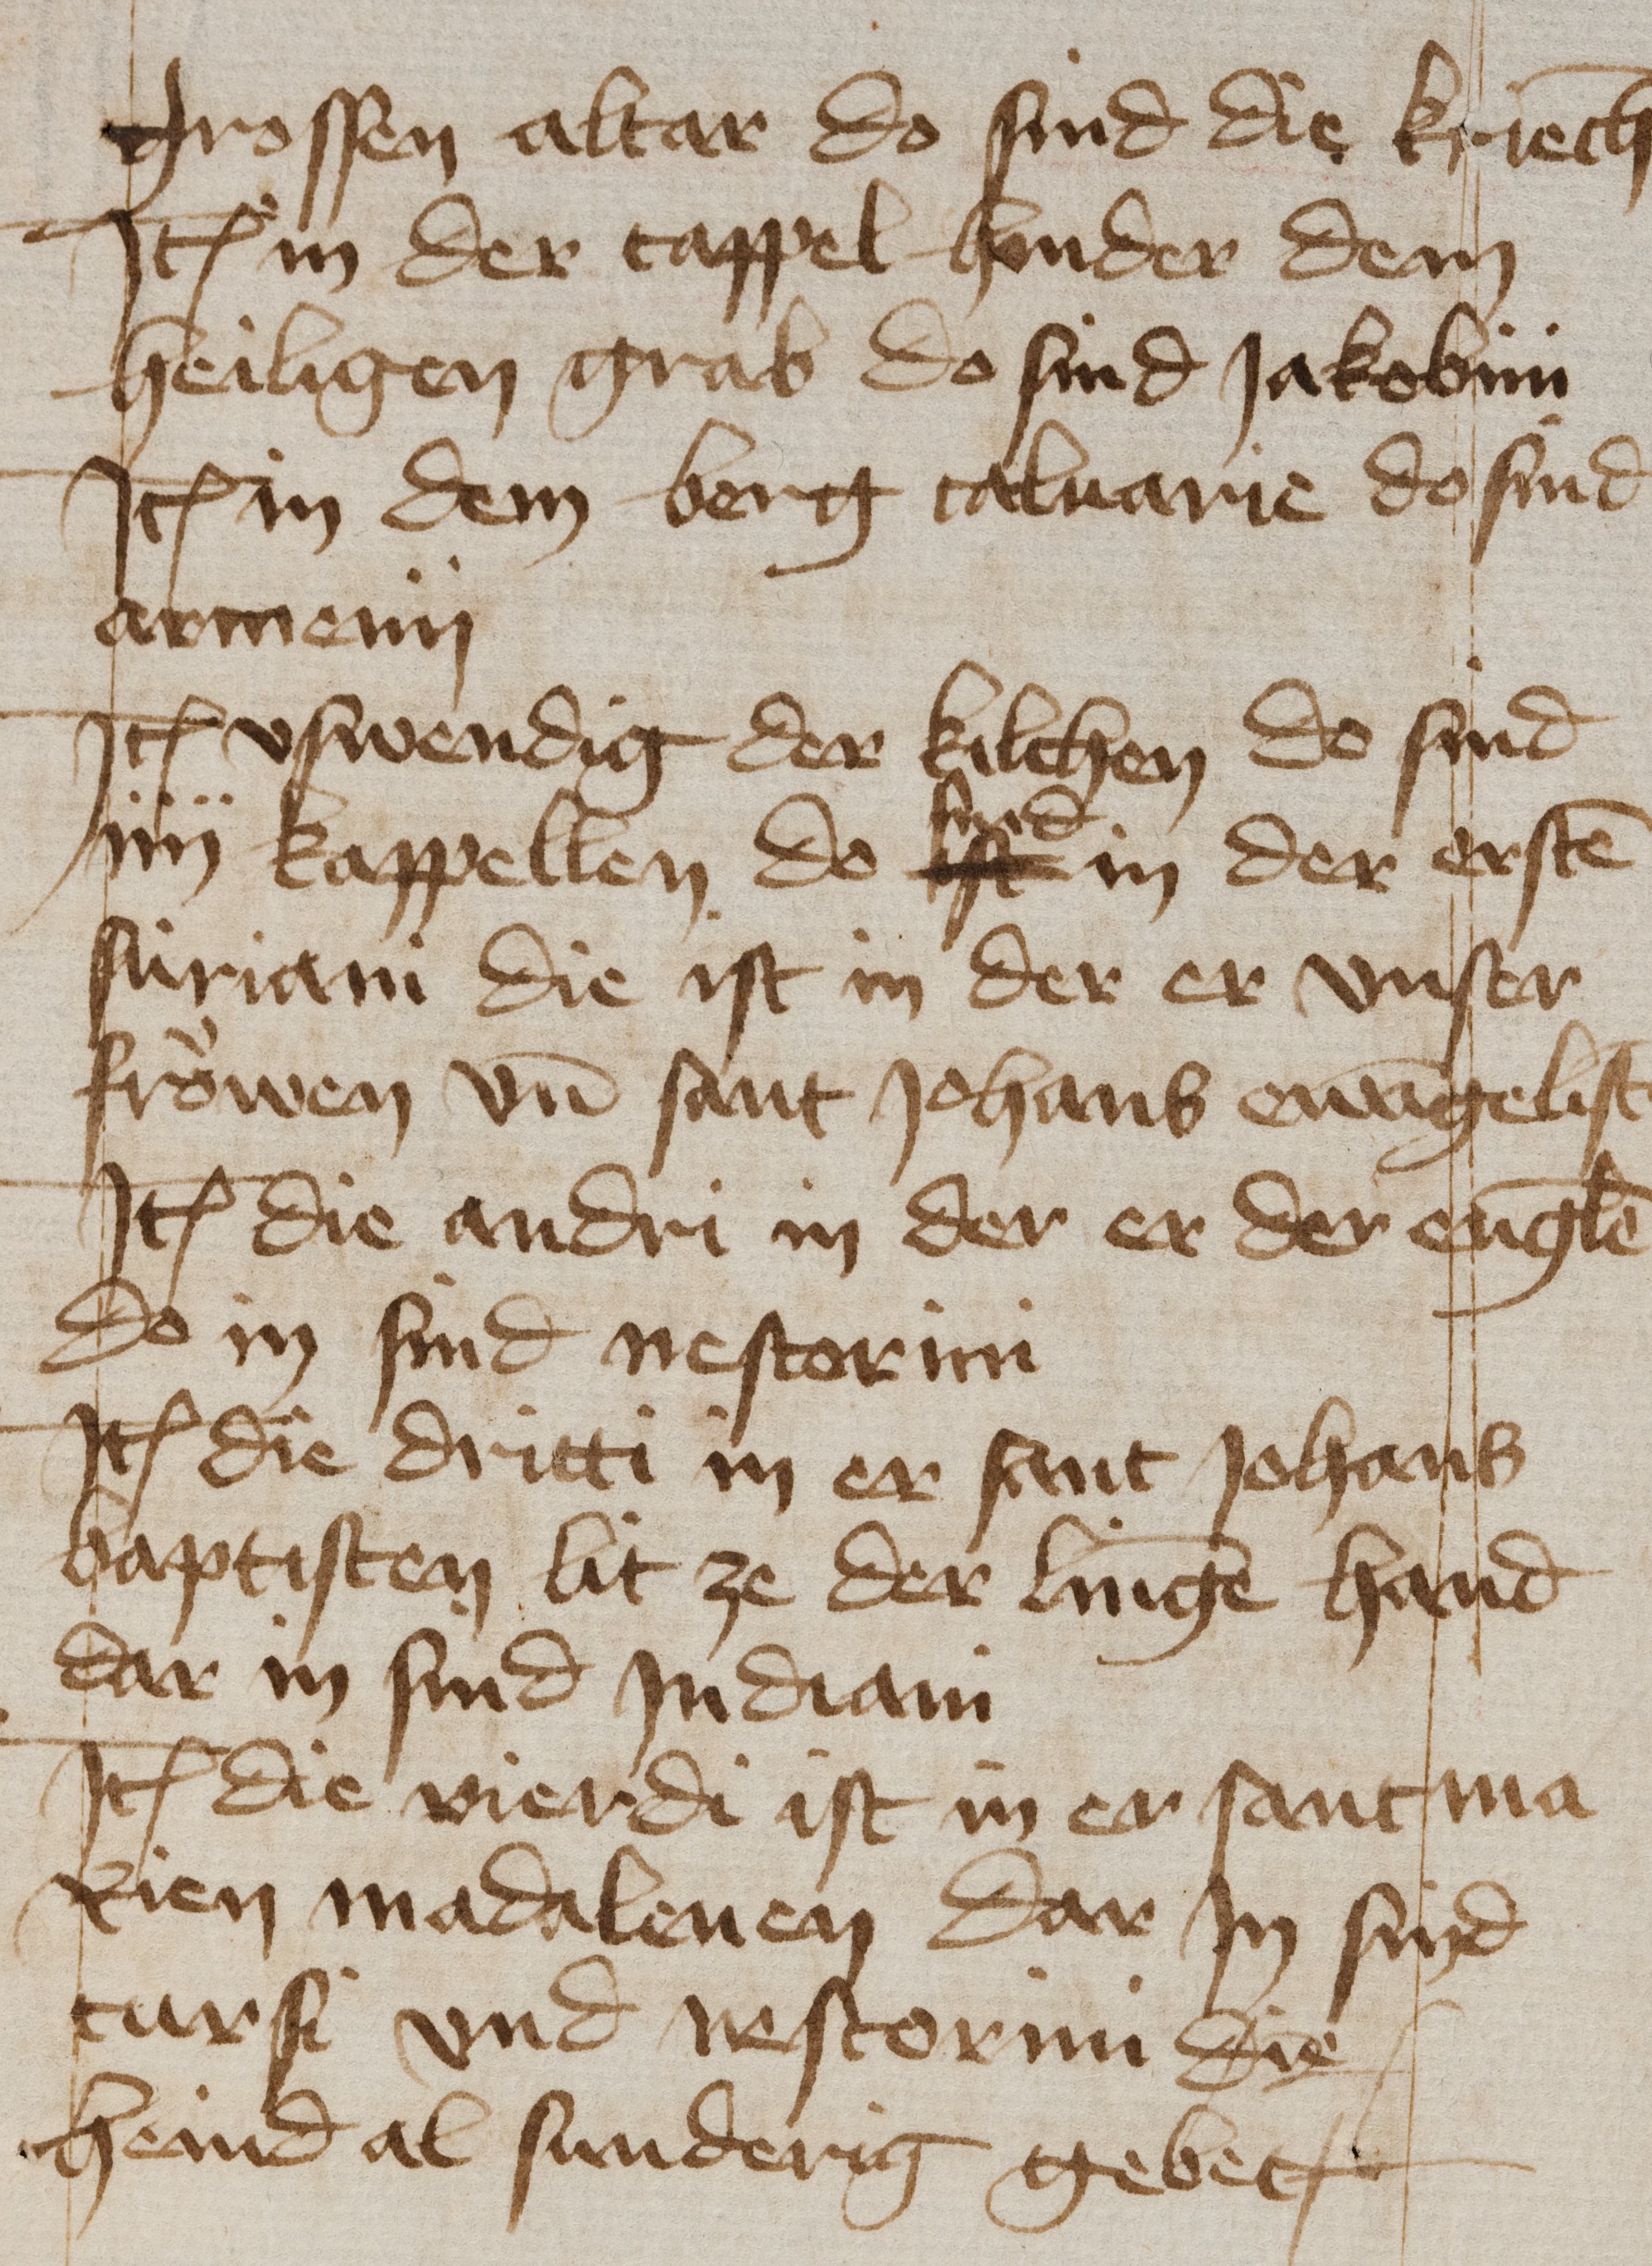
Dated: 1435–1475